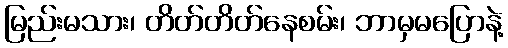
မြည်းမသား၊ တိတ်တိတ်နေစမ်း၊ ဘာမှမပြောနဲ့